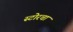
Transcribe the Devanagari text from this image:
स्टोरचा